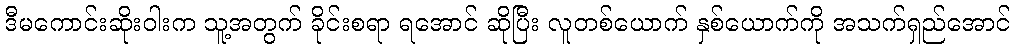
ဒီမကောင်းဆိုးဝါးက သူ့အတွက် ခိုင်းစရာ ရအောင် ဆိုပြီး လူတစ်ယောက် နှစ်ယောက်ကို အသက်ရှည်အောင်